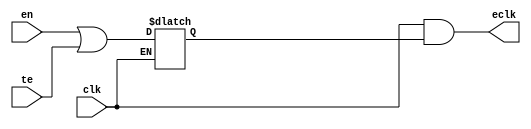
// This program was cloned from: https://github.com/aolofsson/oh
// License: MIT License

//#############################################################################
//# Function: Integrated "And" Clock Gating Cell (And)                        #
//# Copyright: OH Project Authors. ALl rights Reserved.                       #
//# License:  MIT (see LICENSE file in OH repository)                         #
//#############################################################################

module asic_clkicgand #(parameter PROP = "DEFAULT")  (
   input  clk, // clock input
   input  te, // test enable
   input  en, // enable (from positive edge FF)
   output eclk // enabled clock output
   );

   reg 	  en_stable;

   always @ (clk or en or te)
     if (~clk)
       en_stable <= en | te;

   assign eclk =  clk & en_stable;

endmodule